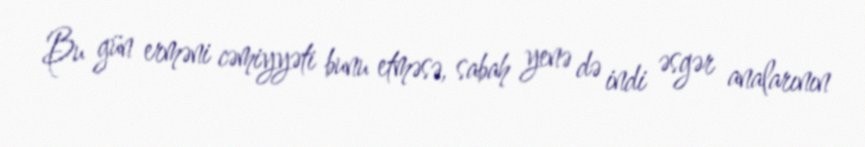
Bu gün erməni cəmiyyəti bunu etməsə, sabah yenə də indi əsgər analarının